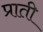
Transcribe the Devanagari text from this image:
प्राती